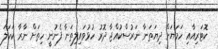
ކޮޓަރިއާއި ހަމަޔަށް ދިޔަތަނާ ނަރުސްކުއްޖާ ދޮރު ހުޅުވައިލިތަނާ ފެނުނީ ހިތަށް ނާރާ ކަހަލަ